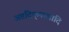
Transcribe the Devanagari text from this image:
अष्टदिक्‌पालादि